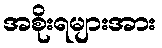
အစိုးရများအား